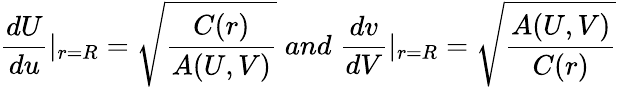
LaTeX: \frac{dU}{du}|_{r=R}=\sqrt{\frac{C(r)}{A(U,V)}}\; and\; \frac{dv}{dV}|_{r=R}=\sqrt{\frac{A(U,V)}{C(r)}}